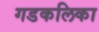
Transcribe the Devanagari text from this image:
गडकलिका